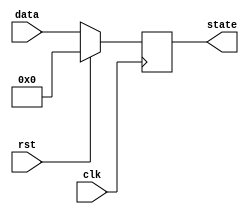
module synchronous_reset_example (
    input wire clk,         // Clock signal
    input wire rst,         // Synchronous reset signal
    input wire [7:0] data,  // Additional input (example)
    output reg [7:0] state  // Output state signal
);

// Define the reset state
localparam RESET_STATE = 8'b00000000; // Example reset state

// Always block sensitive to the rising edge of the clock
always @(posedge clk) begin
    if (rst) begin
        // Synchronous reset: set state to reset state
        state <= RESET_STATE;
    end else begin
        // Normal operation: update state based on input (example logic)
        state <= data; // Example operation, replace with actual logic as needed
    end
end

endmodule